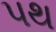
પથ